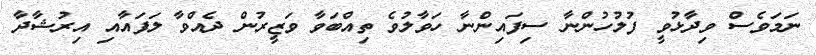
ނަމަވެސް ވިދާޅުވީ ފުލުހުންނާ ސިފައިންނާ ހަވާލުވެ ތިއްބަވާ ވަޒީރުން ދެއްވާ ލަފައާއި އިރުޝާދާ